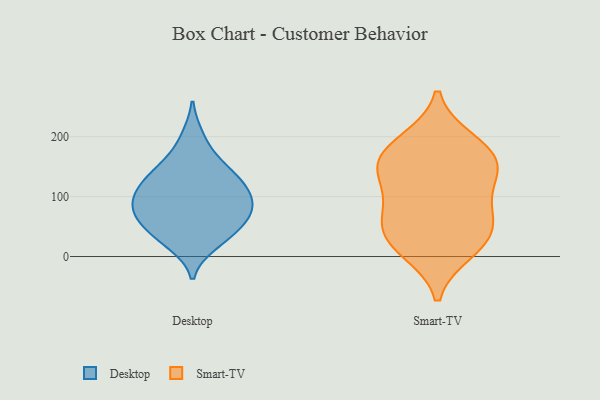
{"axis": {"x": "LTV (USD)", "y": "Value"}, "legend": ["Desktop", "Smart-TV"], "data": [{"x": "", "y": 56, "type": "Desktop"}, {"x": "", "y": 80, "type": "Desktop"}, {"x": "", "y": 30, "type": "Desktop"}, {"x": "", "y": 160, "type": "Desktop"}, {"x": "", "y": 81, "type": "Desktop"}, {"x": "", "y": 97, "type": "Desktop"}, {"x": "", "y": 21, "type": "Desktop"}, {"x": "", "y": 40, "type": "Desktop"}, {"x": "", "y": 141, "type": "Desktop"}, {"x": "", "y": 111, "type": "Desktop"}, {"x": "", "y": 200, "type": "Desktop"}, {"x": "", "y": 114, "type": "Desktop"}, {"x": "", "y": 70, "type": "Desktop"}, {"x": "", "y": 70, "type": "Desktop"}, {"x": "", "y": 140, "type": "Desktop"}, {"x": "", "y": 115, "type": "Desktop"}, {"x": "", "y": 192, "type": "Smart-TV"}, {"x": "", "y": 27, "type": "Smart-TV"}, {"x": "", "y": 84, "type": "Smart-TV"}, {"x": "", "y": 66, "type": "Smart-TV"}, {"x": "", "y": 60, "type": "Smart-TV"}, {"x": "", "y": 144, "type": "Smart-TV"}, {"x": "", "y": 135, "type": "Smart-TV"}, {"x": "", "y": 26, "type": "Smart-TV"}, {"x": "", "y": 140, "type": "Smart-TV"}, {"x": "", "y": 10, "type": "Smart-TV"}, {"x": "", "y": 178, "type": "Smart-TV"}, {"x": "", "y": 169, "type": "Smart-TV"}]}